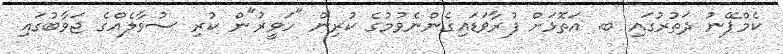
ކެމްޕޭނު ދަތުރުގައި ބ. އަތޮޅަށް ފުރާވަޑައިގެންނެވުމުގެ ކުރިން "ހަވީރު"ން ކުރި ސުވާލެއްގެ ޖަވާބުގައި